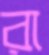
রা